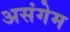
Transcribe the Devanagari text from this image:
असंगेम